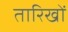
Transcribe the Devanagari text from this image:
तारिखों